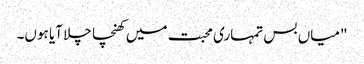
"میاں بس تمہاری محبت میں کھنچا چلا آیا ہوں۔